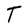
Character: T